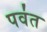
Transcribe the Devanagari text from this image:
पव॑त